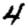
Digit: 4